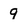
Character: q